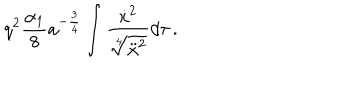
LaTeX: q ^ { 2 } \frac { \alpha _ { 1 } } { 8 } a ^ { - \frac 3 4 } \int { \frac { \dot { x } ^ { 2 } } { \sqrt [ [object Object] ] ] { \ddot { x } ^ { 2 } } } d \tau } \, .